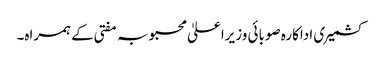
کشمیری اداکارہ صوبائی وزیراعلیٰ محبوبہ مفتی کے ہمراہ۔